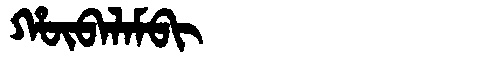
Manchu: ᡥᡡᠪᠠᠯᠠᠮᠪᡳ
Romanization: HŪBALAMBI